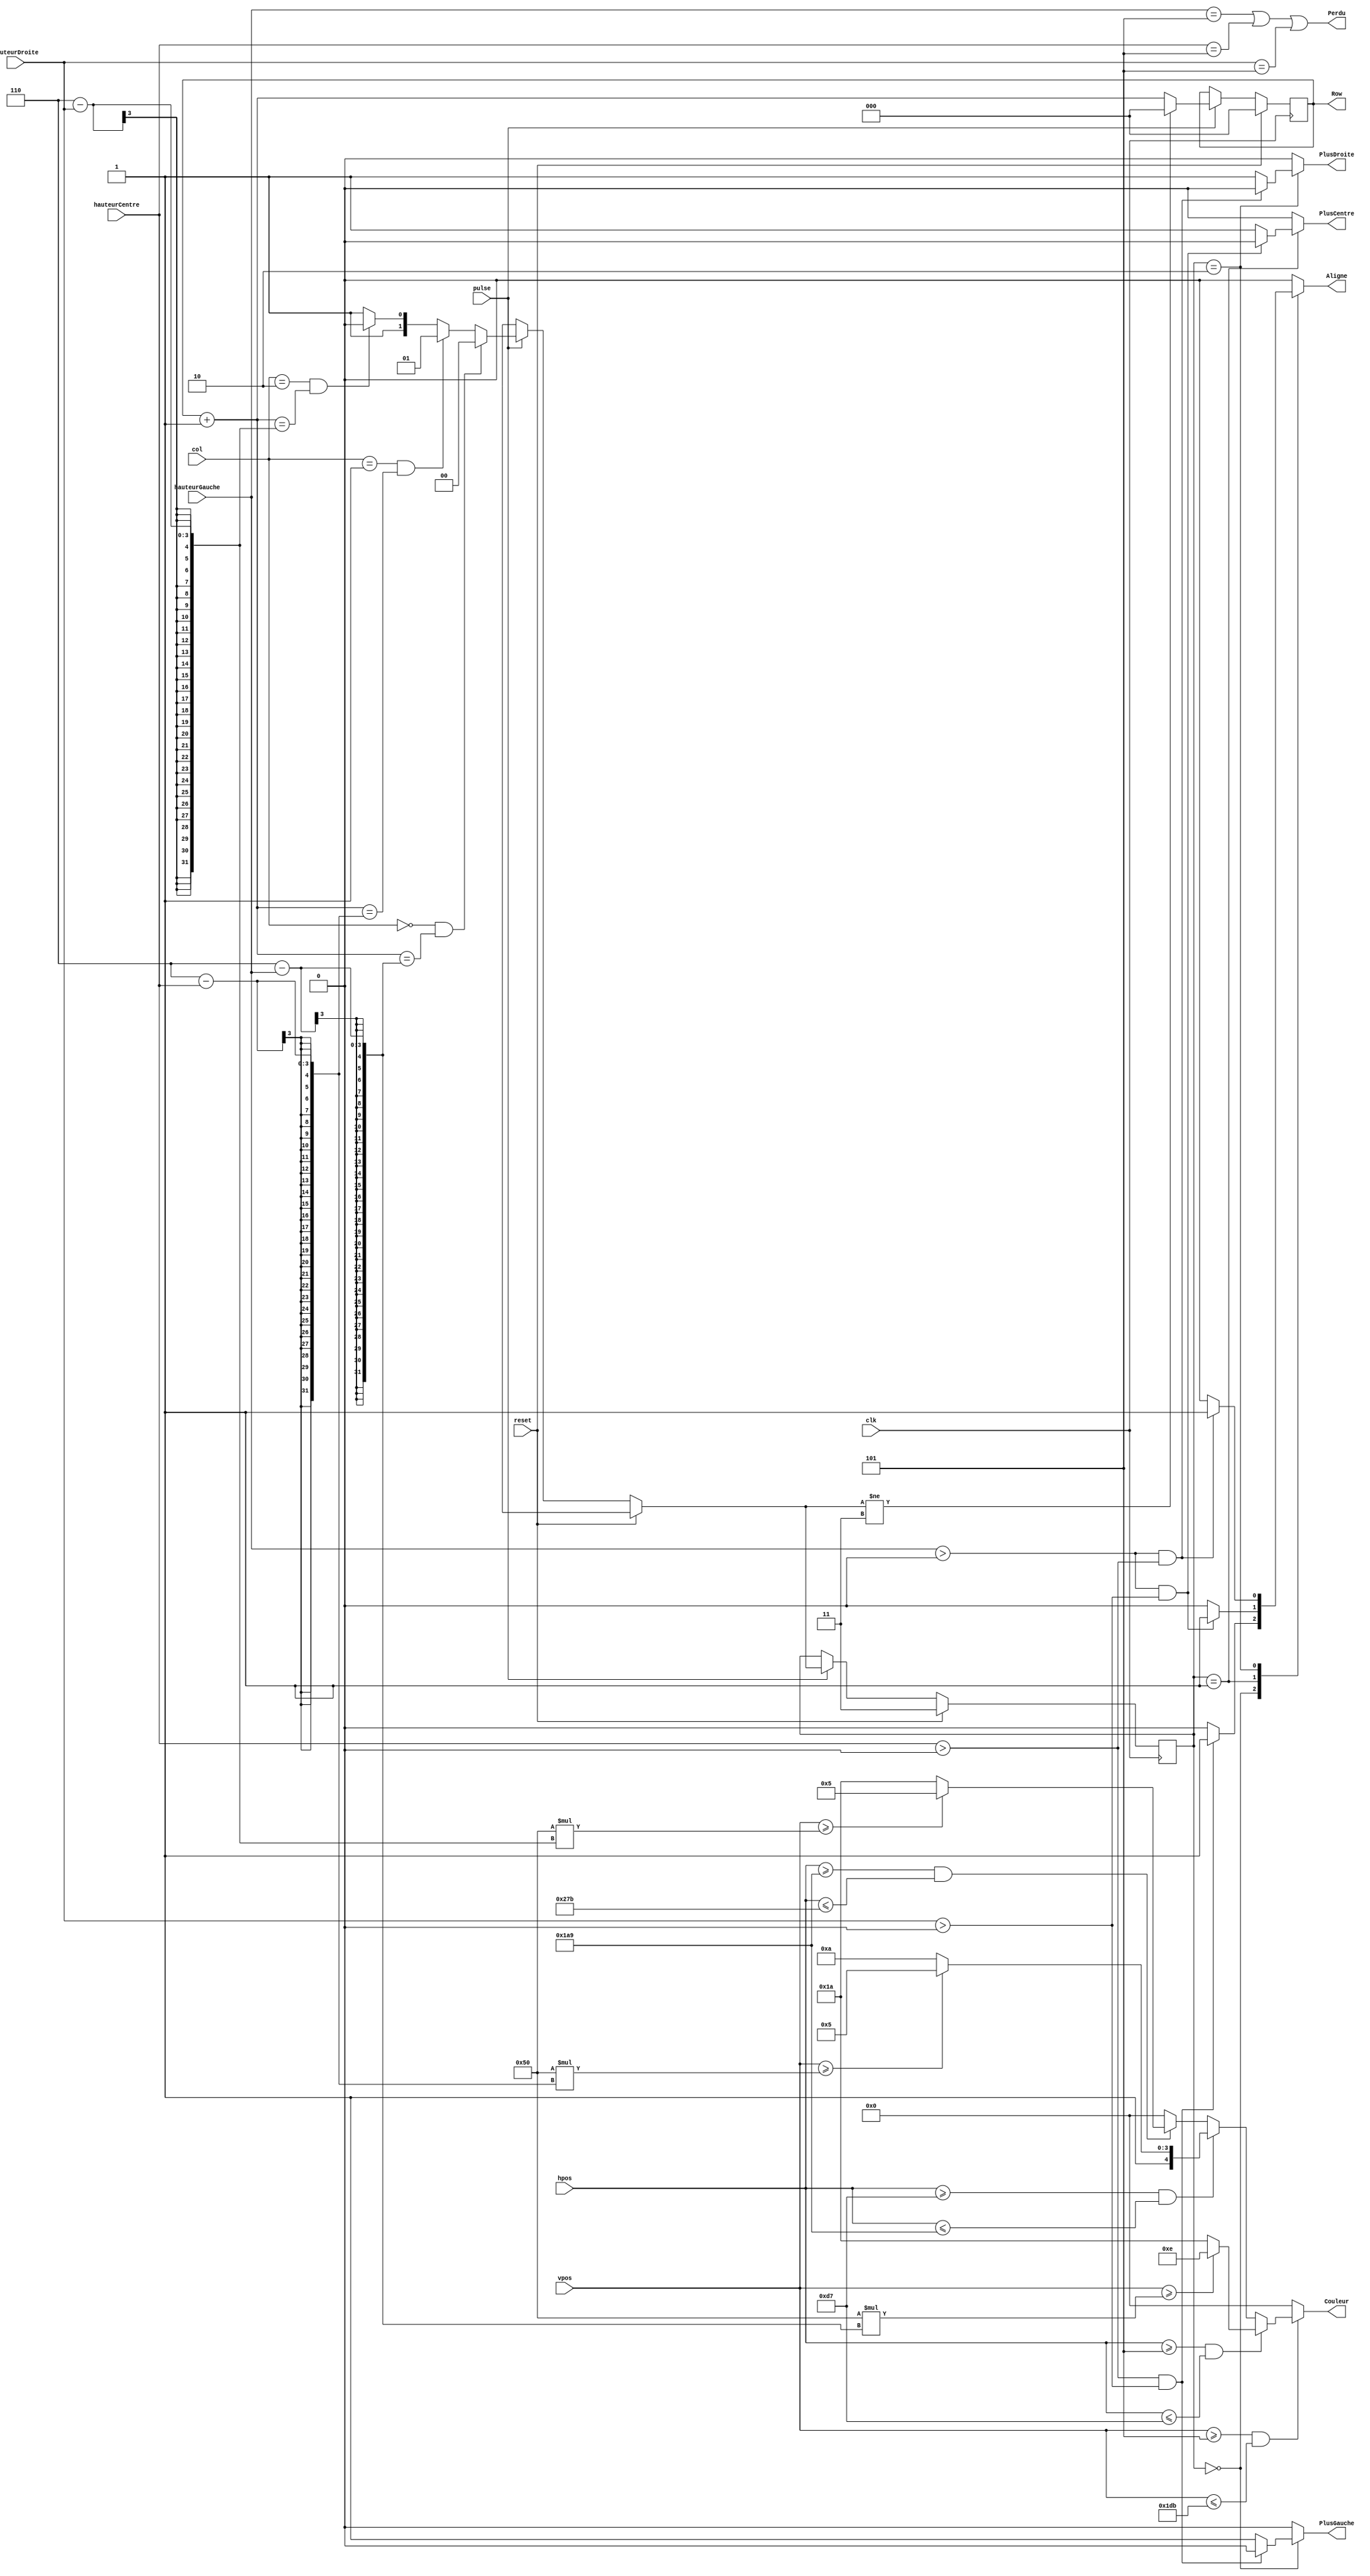
`timescale 1ns / 1ps
//////////////////////////////////////////////////////////////////////////////////
// Company: 
// Engineer: 
// 
// Design Name: 
// Module Name:    Pesanteur 
// Project Name: 
// Target Devices: 
// Tool versions: 
// Description: 
//
// Dependencies: 
//
// Revision: 
// Revision 0.01 - File Created
// Additional Comments: 
//
//////////////////////////////////////////////////////////////////////////////////
//module Pesanteur(
//    input [2:0] hauteurGauche,
//    input [2:0] hauteurCentre,
//    input [2:0] hauteurDroite,
//    input [1:0] col,
//    input [10:0] hpos,
//    input [10:0] vpos,
//    input pulse,
//    input reset,
//    input clk,
//    output reg PlusGauche,
//    output reg PlusCentre,
//    output reg PlusDroite,
//    output reg Aligne,
//    output reg Perdu,
//    output reg [2:0] Row,
//    output reg [4:0] Couleur
//    );
//		
//	 localparam LARGEUR_ECRAN = 640;
//	 localparam HAUTEUR_ECRAN = 480;
//	 localparam LARGEUR_BRIQUE = 210;
//	 localparam HAUTEUR_BRIQUE = 80;
//	 
//	 always @(posedge clk) begin
//	 
//	 	PlusGauche=0;
//		PlusCentre=0;
//		PlusDroite=0;
//		Aligne=0;
//		Perdu=0;	
//		//RETOURNE LES IMPULSIONS A ZERO
//		if (hpos>5+(LARGEUR_ECRAN-10)/LARGEUR_BRIQUE*0*LARGEUR_BRIQUE
//		&hpos<5+(LARGEUR_ECRAN-10)/LARGEUR_BRIQUE*1*LARGEUR_BRIQUE
//		&vpos>HAUTEUR_ECRAN/HAUTEUR_BRIQUE
//		&vpos<HAUTEUR_ECRAN/HAUTEUR_BRIQUE*HAUTEUR_BRIQUE*hauteurGauche) Couleur=5'b00001;
//		if (hpos>5+(LARGEUR_ECRAN-10)/LARGEUR_BRIQUE*1*LARGEUR_BRIQUE
//		&hpos<5+(LARGEUR_ECRAN-10)/LARGEUR_BRIQUE*2*LARGEUR_BRIQUE
//		&vpos>HAUTEUR_ECRAN/HAUTEUR_BRIQUE
//		&vpos<HAUTEUR_ECRAN/HAUTEUR_BRIQUE*HAUTEUR_BRIQUE*hauteurCentre) Couleur=5'b00100;			
//		if (hpos>5+(LARGEUR_ECRAN-10)/LARGEUR_BRIQUE*2*LARGEUR_BRIQUE
//		&hpos<5+(LARGEUR_ECRAN-10)/LARGEUR_BRIQUE*3*LARGEUR_BRIQUE
//		&vpos>HAUTEUR_ECRAN/HAUTEUR_BRIQUE
//		&vpos<HAUTEUR_ECRAN/HAUTEUR_BRIQUE*HAUTEUR_BRIQUE*hauteurDroite) Couleur=5'b10000;	
//		// MONTRE LA COULEUR DE LA PILE CIBLEE PAR LA BALAYAGE DE L'ECRAN
//		if (reset) begin
//			PlusGauche=0;
//			PlusCentre=0;
//			PlusDroite=0;
//			Aligne=0;
//		   Perdu=0;
//			Row=3'b000;
//			Couleur=5'b00000;
//		end	
//		//RESET
//		else if(pulse) begin
//			if (hauteurGauche&hauteurCentre&hauteurDroite) Aligne=1;//S'IL Y A TROIS BRIQUES SUR LE SOL , ON LES FAIT DISPARAITRE
//			case(col)
//				2'b00:if (hauteurGauche==5)
//							Perdu=1;//LORSQUE LA PILE AU GAUCHE ATTEINT LE SOMMET DE L'ECRAN , LA PARTIE EST FINIE ET LE SIGNAL PERDU EST ACTIVE
//				else if (Row+hauteurGauche==5) begin
//					PlusGauche=1;
//					Row=0;//SI LA BRIQUE TOUCHE LA PILE AU GAUCHE , LE ROW RETOURNE A ZERO
//				end
//				2'b01:if (hauteurCentre==5)
//							Perdu=1;//LORSQUE LA PILE AU CENTRE ATTEINT LE SOMMET DE L'ECRAN , LA PARTIE EST FINIE ET LE SIGNAL PERDU EST ACTIVE
//				else if (Row+hauteurCentre==5) begin
//					PlusCentre=1;
//					Row=0;//SI LA BRIQUE TOUCHE LA PILE AU CENTRE , LE ROW RETOURNE A ZERO
//				end				
//				2'b10:if (hauteurDroite==5)
//							Perdu=1;//LORSQUE LA PILE AU DROITE ATTEINT LE SOMMET DE L'ECRAN , LA PARTIE EST FINIE ET LE SIGNAL PERDU EST ACTIVE
//				else if (Row+hauteurDroite==5) begin
//					PlusDroite=1;
//					Row=0;//SI LA BRIQUE TOUCHE LA PILE AU DROITE , LE ROW RETOURNE A ZERO
//				end
//			endcase
//			Row=Row+1;					
//	 end
//	end
//			
//endmodule



module Pesanteur (
	input [2:0] hauteurGauche,
	input [2:0] hauteurCentre,
	input [2:0] hauteurDroite,
	input [1:0] col,
	input [10:0] hpos,
	input [10:0] vpos,
	input pulse,
	input reset,
	input clk,
	output PlusGauche,
	output PlusCentre,
	output PlusDroite,
	output Aligne,
	output Perdu,
	output [2:0] Row,
	output [4:0] Couleur
	);
	
	localparam ROW_COUNT = 6;
	localparam LARGEUR_ECRAN = 640;
	localparam HAUTEUR_ECRAN = 480;
	localparam LARGEUR_BRIQUE = 210;
	localparam HAUTEUR_BRIQUE = 80;
	localparam EPAISSEUR_CADRE = 5;
	
	reg [4:0] color_buffer = 0;	// Used to assign to Couleur
	
	// Values were chosen randomly
	localparam COLOR_LEFT = 14;
	localparam COLOR_CENTER = 21;
	localparam COLOR_RIGHT = 5;
	localparam COLOR_WHITE = 26;
	//	reg [4:0] color_mvt = 21;	// The color of a moving brick.
	// By default the columns don't have the same color.
	
	// Note that the 0 row is the top one
	reg [2:0] row_buffer = 0;	// A buffer used to handle the current row
	reg [1:0] hit = 3;	// Set to the column number if the block lands on top of one stack	
	
	always @(posedge clk) begin
		if (reset) begin
			row_buffer = 0;	// i.e. highest row
			hit = 3;	// i.e. no collisions have been detected
		end
		else if (pulse) begin
			row_buffer = row_buffer + 1;	// Note that this value can not be inferior to 0 because for that to happend we would need to have row_buufer == 0 at the beginning of the cycle, but that can't happened because of the next always block.
			
			// Detect collision
			if ((col == 0) && (row_buffer == ROW_COUNT - hauteurGauche)) hit = 0;
			else if ((col == 1) && (row_buffer == ROW_COUNT - hauteurCentre)) hit = 1;
			else if ((col == 2) && (row_buffer == ROW_COUNT - hauteurDroite)) hit = 2;
			else hit = 3;
			
			// Reset row if collision has been detected
			if (hit!=3) row_buffer = 0;
		end
	end
	
	// One block used to set the color output (that is weird and has nothing to do with the rest of this module, but we were told to do so.
	always @(hpos or vpos or hauteurGauche or hauteurCentre or hauteurDroite) begin
		if (vpos >= EPAISSEUR_CADRE && vpos <= HAUTEUR_ECRAN - EPAISSEUR_CADRE) begin	// i.e. we are within the right height of the screen
			if (hpos >= EPAISSEUR_CADRE && hpos <= LARGEUR_BRIQUE + EPAISSEUR_CADRE) begin	// i.e. first column
				if (vpos >= (HAUTEUR_BRIQUE * (ROW_COUNT - hauteurGauche))) color_buffer = COLOR_LEFT;	// i.e. we are inside the left stack
				else color_buffer = COLOR_WHITE;	//i.e. white background
			end
			else if (hpos >= LARGEUR_BRIQUE + EPAISSEUR_CADRE && hpos <= 2 * LARGEUR_BRIQUE + EPAISSEUR_CADRE) begin	// Because the if are evaluated sequentially we don't need the && hpos>=LARGEUR_BRIQUE
				if (vpos >= (HAUTEUR_BRIQUE * (ROW_COUNT - hauteurCentre))) color_buffer = COLOR_CENTER;	// i.e. we are inside the left stack
				else color_buffer = COLOR_WHITE;	//i.e. white background			
			end
			else if (hpos >= 2 * LARGEUR_BRIQUE + EPAISSEUR_CADRE && hpos <= 3 * LARGEUR_BRIQUE + EPAISSEUR_CADRE) begin
				if (vpos >= (HAUTEUR_BRIQUE * (ROW_COUNT - hauteurDroite))) color_buffer = COLOR_RIGHT;	// i.e. we are inside the left stack
				else color_buffer = COLOR_WHITE;	//i.e. white background			
			end
			else color_buffer = 0;
		end
		else	color_buffer = 0;	// i.e. we set the color to black outside of the screen
	end
	
	reg align_reg = 0;
	reg plusGauche_reg = 0;
	reg plusCentre_reg = 0;
	reg plusDroite_reg = 0;
	
	always @(hauteurGauche or hauteurCentre or hauteurDroite) begin
		// We have to detect whether the block will cause the last row to be removed, in which case we mustn't trigger Plus<column>
		
		// Not sure whether the values would get reset on their own, so I set them all to a default value here.
		align_reg = 0;
		plusGauche_reg = 0;
		plusCentre_reg = 0;
		plusDroite_reg = 0;
		case (hit)
			0 : begin	// We have landed on top of the left stack, we have to check whether a line has to be removed.
				if (hauteurCentre > 0 && hauteurDroite > 0) align_reg = 1;
				else plusGauche_reg = 1;
			end
			1 : begin
				if (hauteurGauche > 0 && hauteurDroite > 0) align_reg = 1;
				else plusCentre_reg = 1;
			end
			2 : begin
				if (hauteurGauche > 0 && hauteurCentre > 0) align_reg = 1;
				else plusDroite_reg = 1;
			end
			default : align_reg = 0;
		endcase
	end
	
	assign Aligne = align_reg;
	assign Perdu = (hauteurGauche == ROW_COUNT - 1 || hauteurCentre == ROW_COUNT - 1 || hauteurDroite == ROW_COUNT - 1);
	assign PlusGauche = plusGauche_reg;
	assign PlusCentre = plusCentre_reg;
	assign PlusDroite = plusDroite_reg;
	assign Couleur = color_buffer;
	assign Row = row_buffer;
endmodule